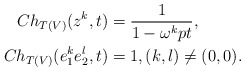
\begin{align*}Ch_{T(V)}(z^k,t) &= \frac{1}{1-\omega^k pt},\\Ch_{T(V)}(e_1^ke_2^l,t)&=1, (k,l)\neq (0,0).\end{align*}